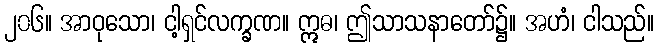
၂၀၆။ အာဝုသော၊ ငါ့ရှင်လက္ခဏ။ ဣဓ၊ ဤသာသနာတော်၌။ အဟံ၊ ငါသည်။